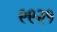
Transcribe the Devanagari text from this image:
९९२१